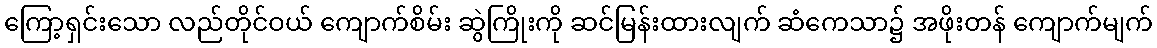
ကြော့ရှင်းသော လည်တိုင်ဝယ် ကျောက်စိမ်း ဆွဲကြိုးကို ဆင်မြန်းထားလျက် ဆံကေသာ၌ အဖိုးတန် ကျောက်မျက်